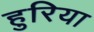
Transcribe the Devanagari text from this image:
हुरिया